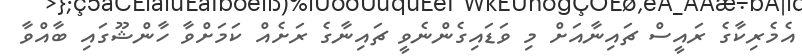
އެމެރިކާގެ ރައީސް ޗައިނާއަށް މި ވަޑައިގެންނެވީ ޗައިނާގެ ރަށެއް ކަމަށްވާ ހާންޝޫގައި ބާއްވާ